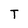
Character: T